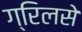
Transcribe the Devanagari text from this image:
ग्रिलसे